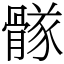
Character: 䯟